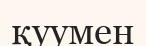
қуумен